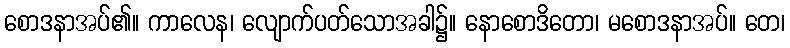
စောဒနာအပ်၏။ ကာလေန၊ လျောက်ပတ်သောအခါ၌။ နောစောဒိတော၊ မစောဒနာအပ်။ တေ၊